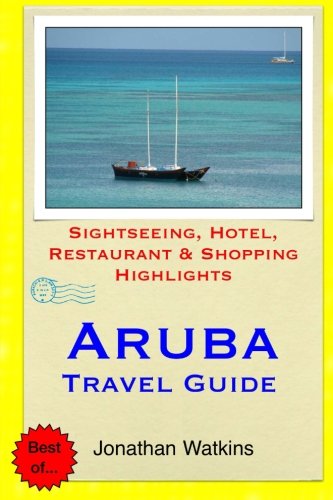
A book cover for Aruba Travel Guide: .Sightseeing, Hotel, Restaurant & Shopping Highlight; Jonathan Watkins; Travel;